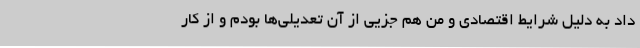
داد به دلیل شرایط اقتصادی و من هم جزیی از آن تعدیلی‌ها بودم و از کار